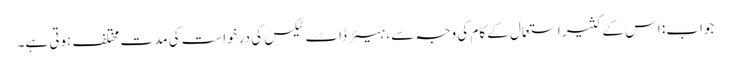
جواب: اس کے کثیر استعمال کے کام کی وجہ سے ، ہیئر ڈاٹ ٹیکس کی درخواست کی مدت مختلف ہوتی ہے۔